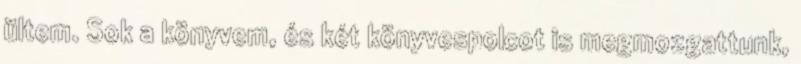
ültem. Sok a könyvem, és két könyvespolcot is megmozgattunk,